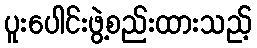
ပူးပေါင်းဖွဲ့စည်းထားသည့်